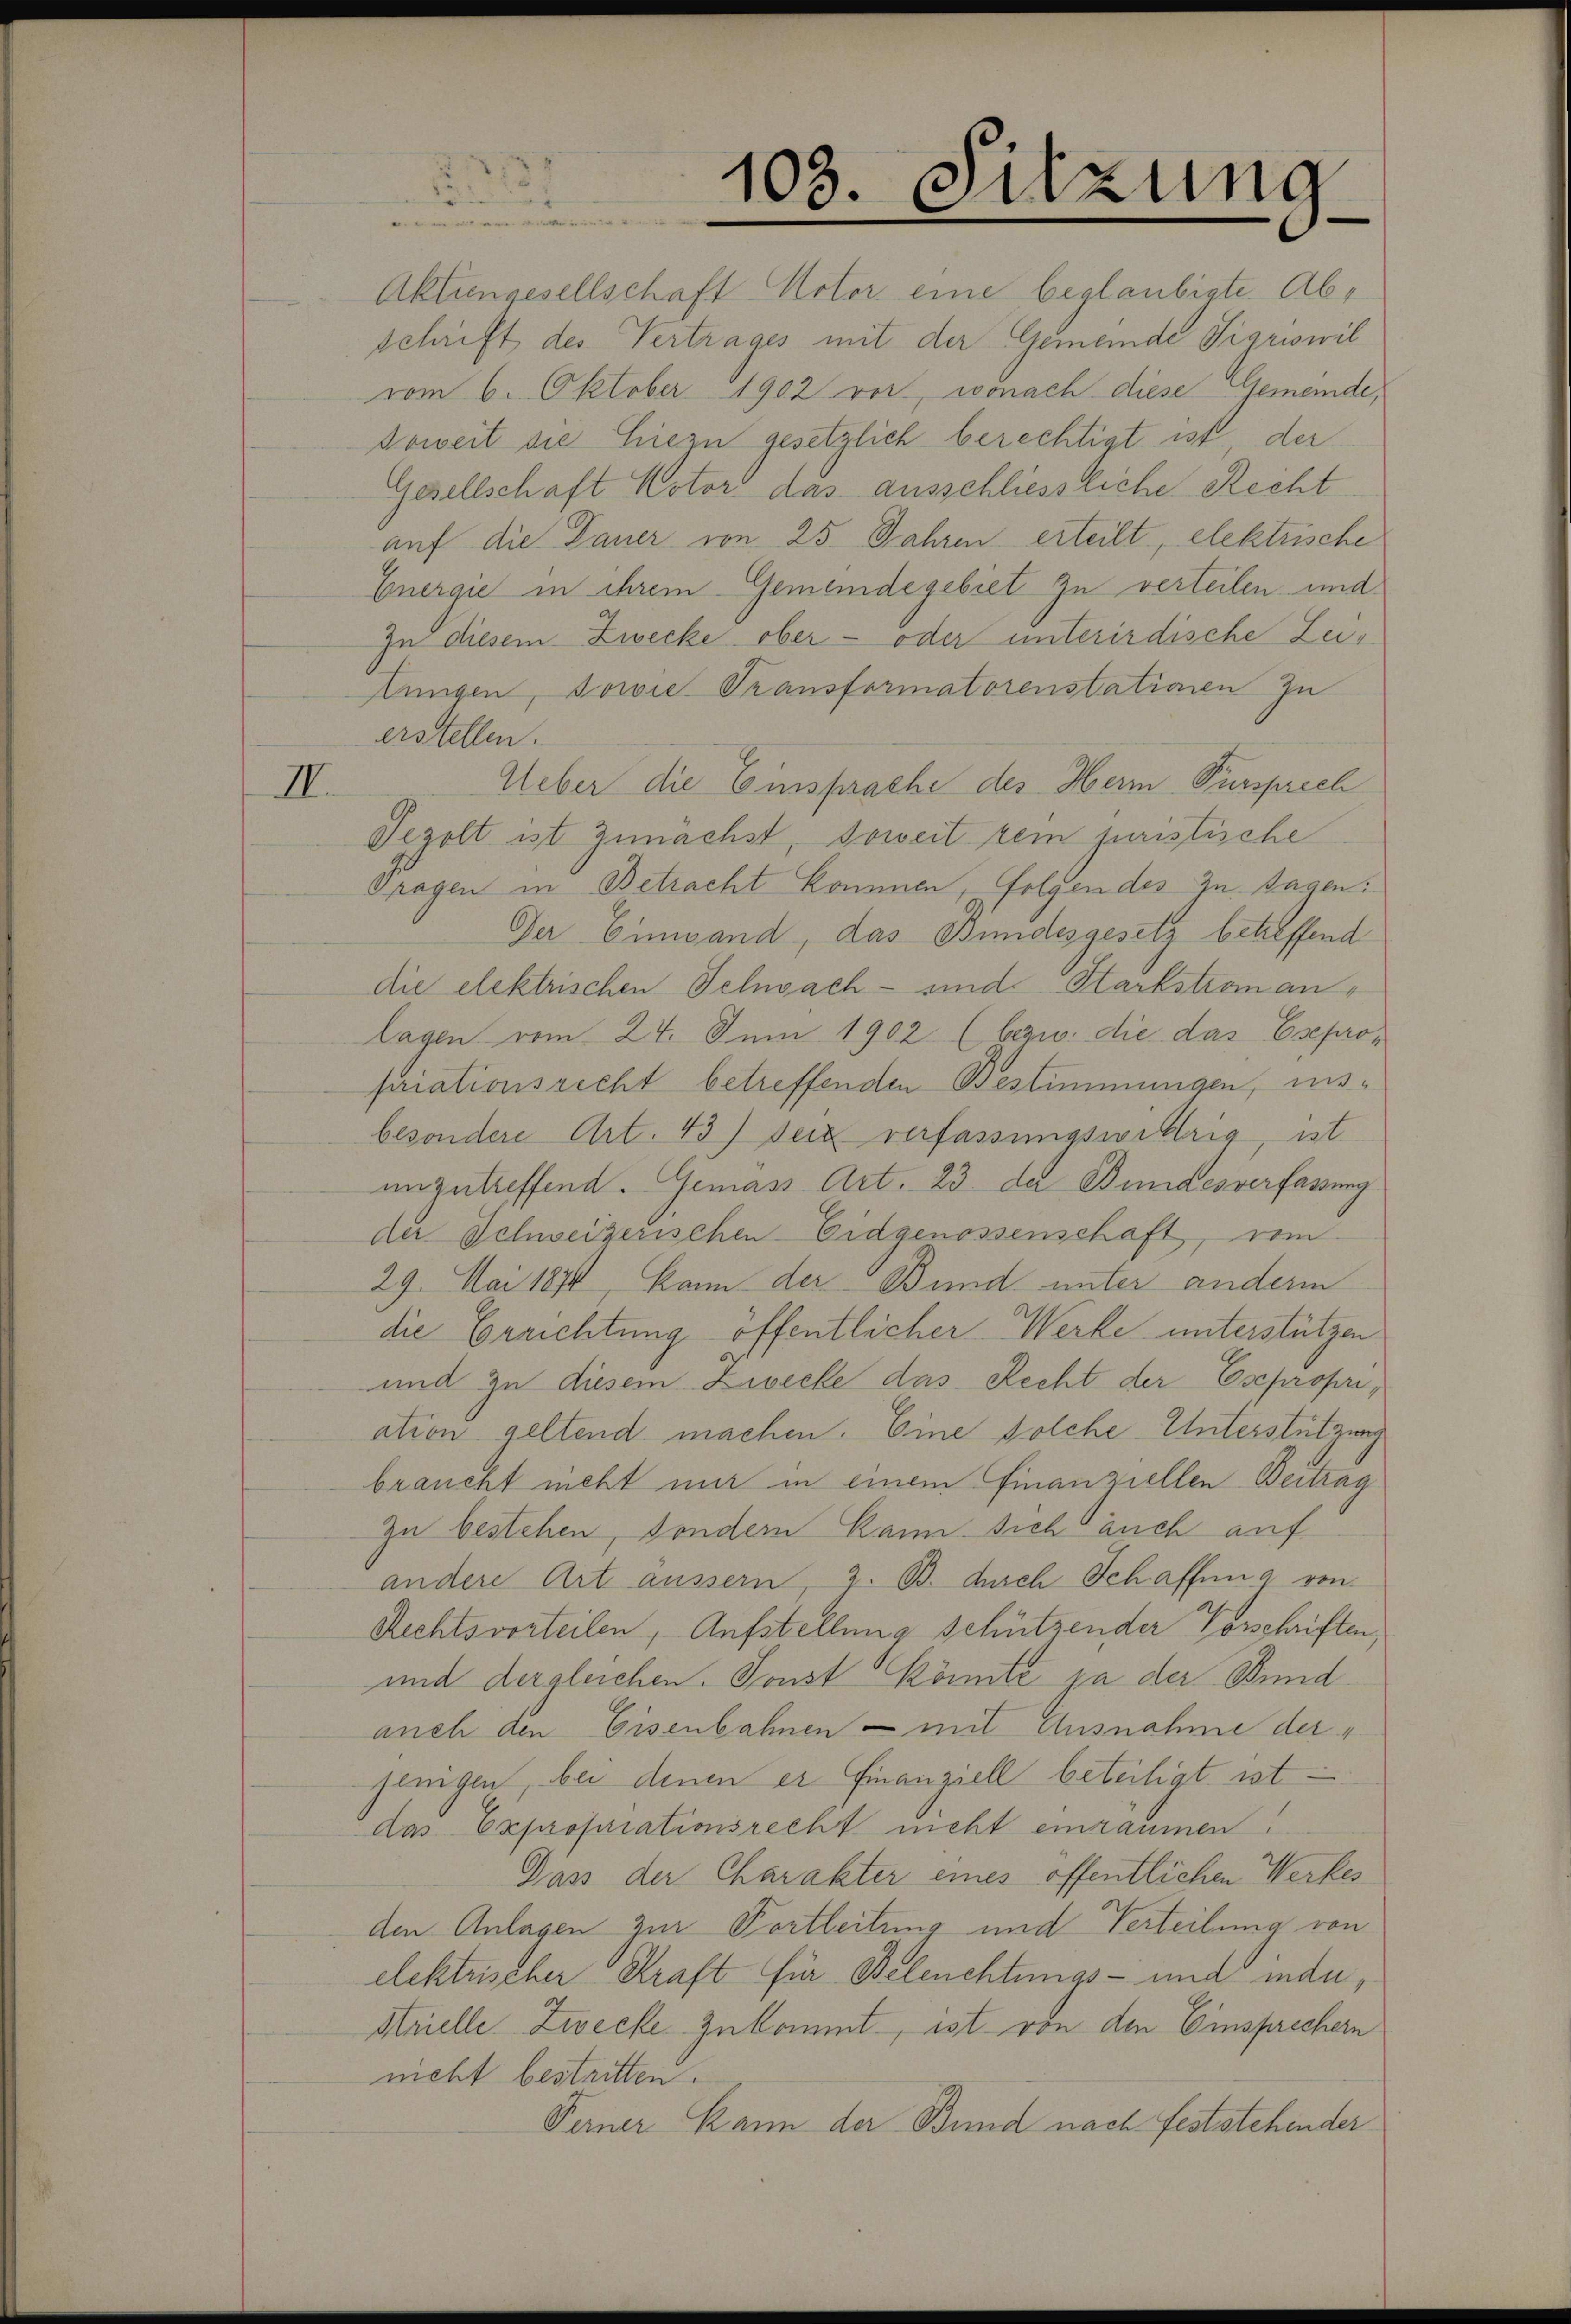
II.

103. Sitzung

Aktiennesellschaft Uster eine beglaubigte. Abschrift des Vertrages mit der Gemeinde Sigriswil
vom 6. Oktober 1902 vor, wonach diese Gemeinde,
soweit sie hiezu gesetzlich berechtigt ist, der
Gesellschaft Votors das ausschliessliche Recht
auf die Dauer von 25 Jahren erteilt, elektrische
Energie in ihrem Gemeindegebiet zu verteilen und
In diesem Zwecke ober - oder unterirdische Zeitungen, sowie Transformatorenstationen zu
erstellen.
Ueber die Einsprache des Herr Fürsprech
Sezolt ist zunächst, soweit kein juristische
Tragen in Betracht kommen, folgendes zu Tagen:
Der Einwand, das Bundesgesetz betreffend
die elektrischen Selnach - und Starkstromanlagen vom 24. Juni 1902 (bezw. die das Esepro-
sariationsrecht betreffenden Bestimmungen, inbesondere Art. 43) Seiz verfassungswillig, ist.
unzutreffend. Gemäss Art. 23 der Bundesverfassung
der Schweizerischen Eidgenossenschaft, vom
29. Mai 1874, kann der Bund unter anderm
die Errichtung öffentlicher Werke unterstützen
und zu diesem Zwecke das Recht der Esepropriation geltend machen. Eine solche Unterstützung
braucht nicht nur in einem Finanziellen Beitrag
zu bestehen, sondern kann sich auch auf
andere Art äussern, 3. B. durch Schaffung von
Rechtsvorteilen, Aufstellung schützender Vorschriften,
und dergleichen. Sonst könnte ja der Bund
auch den Eisenbahnen – mit Ausnahme der 4
jenigen, bei denen er Finanziell beteiligt ist.
das Expropriationsrecht nicht einräumen.
Dass der Charakter eines öffentlichen Werkes
den Anlagen zur Portleitung und Verteilung von
elektrischer Kraft für Beleuchtungs- und inder,
Heielle Zwecke zukommt ist von den Einsprechern
nicht bestritten.
Ferner kann der Bund nach feststehender